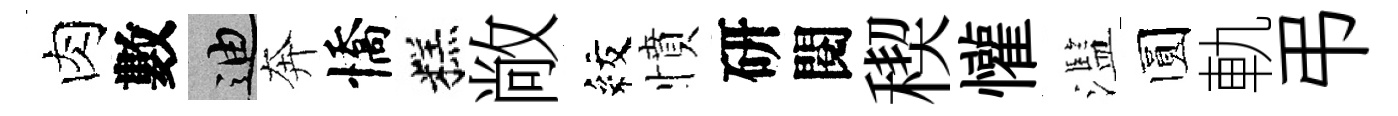
肉數迪奔憍糕敞紋憤研閱稧懽濫圆軌弔